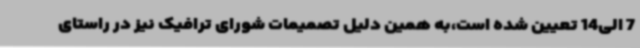
7 الی14 تعیین شده است،به همین دلیل تصمیمات شورای ترافیک نیز در راستای